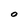
Character: 0